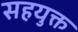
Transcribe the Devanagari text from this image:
सहयुक्त